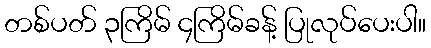
တစ်ပတ် ၃ကြိမ် ၄ကြိမ်ခန့် ပြုလုပ်ပေးပါ။